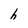
Character: h